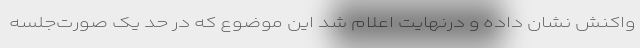
واکنش نشان داده و درنهایت اعلام شد این موضوع که در حد یک صورت‌جلسه